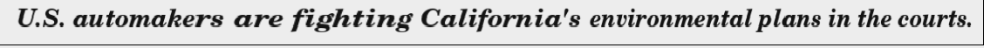
U.S. automakers are fighting California's environmental plans in the courts.